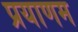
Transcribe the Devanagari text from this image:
प्रयाणम